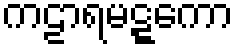
ကဠာရမဋ္ဋကော